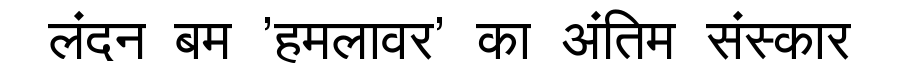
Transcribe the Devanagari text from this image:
लंदन बम 'हमलावर' का अंतिम संस्कार